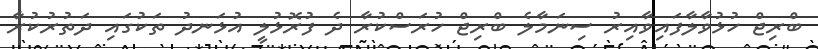
ބްރިޖް ހުޅުވާލާފައިވާއިރު ސިނަމާލެ ބްރިޖް ހުރަސްކުރާ ދެ ފުރޮޅުލީ އުޅަނދު ތަކުގައި ދަތުރުކުރާ